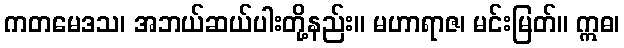
ကတမေဒသ၊ အဘယ်ဆယ်ပါးတို့နည်း။ မဟာရာဇ၊ မင်းမြတ်။ ဣဓ၊